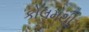
કોલમથી